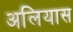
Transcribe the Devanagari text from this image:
अलियास